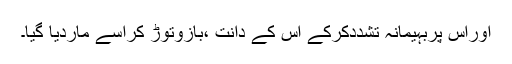
اوراس پربہیمانہ تشددکرکے اس کے دانت ،بازوتوڑ کراسے ماردیا گیا۔